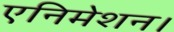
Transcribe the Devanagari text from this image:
एनिमेशन।